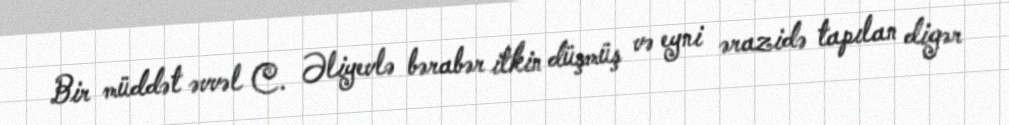
Bir müddət əvvəl C. Əliyevlə bərabər itkin düşmüş və eyni ərazidə tapılan digər